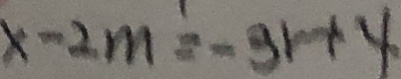
x - 2 m = - 3 1 + 4